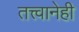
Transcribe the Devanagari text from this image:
तत्त्वानेही